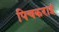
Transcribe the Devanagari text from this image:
पिचकराइं